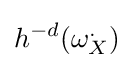
h^{-d}(\omega _{X}^{.})